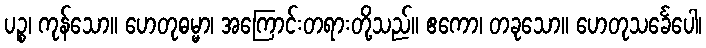
ပဉ္စ၊ ကုန်သော။ ဟေတုဓမ္မာ၊ အကြောင်းတရားတို့သည်။ ဧကော၊ တခုသော။ ဟေတုသင်္ခေပေါ၊